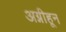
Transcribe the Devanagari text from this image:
अग्नीहून